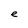
Character: e